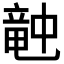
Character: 𥪝